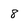
Character: 8